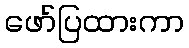
ဖော်ပြထားကာ